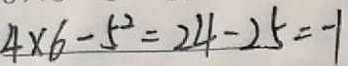
4 \times 6 - 5 ^ { 2 } = 2 4 - 2 5 = - 1